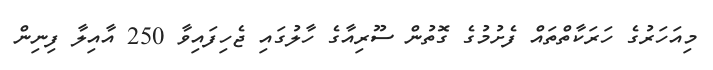
މިއަހަރުގެ ހަރަކާތްތައް ފެށުމުގެ ގޮތުން ސޫރިއާގެ ހާލުގައި ޖެހިފައިވާ 250 އާއިލާ ފިނިން